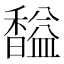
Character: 𲋱